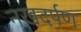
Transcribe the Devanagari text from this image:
नखदर्पण